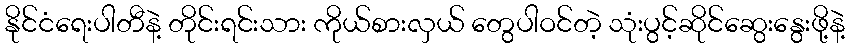
နိုင်ငံရေးပါတီနဲ့ တိုင်းရင်းသား ကိုယ်စားလှယ် တွေပါဝင်တဲ့ သုံးပွင့်ဆိုင်ဆွေးနွေးဖို့နဲ့